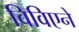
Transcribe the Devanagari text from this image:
विविएने